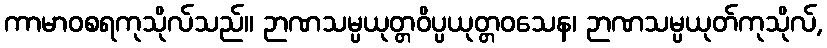
ကာမာဝစရကုသိုလ်သည်။ ဉာဏသမ္ပယုတ္တဝိပ္ပယုတ္တဝသေန၊ ဉာဏသမ္ပယုတ်ကုသိုလ်,